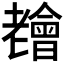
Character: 𦓊